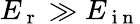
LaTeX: E_{\mathrm{~r~}}\gg E_{\mathrm{~i~n~}}